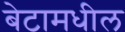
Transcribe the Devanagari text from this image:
बेटामधील